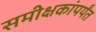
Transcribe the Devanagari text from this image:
समीक्षकांपर्यंत